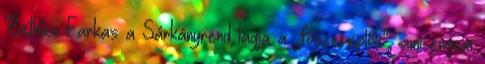
Bethlen Farkas a Sárkányrend tagja a „főszereplők”, ami engem